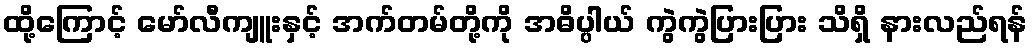
ထို့ကြောင့် မော်လီကျူးနှင့် အက်တမ်တို့ကို အဓိပ္ပါယ် ကွဲကွဲပြားပြား သိရှိ နားလည်ရန်